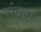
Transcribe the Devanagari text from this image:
संदश